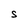
Character: S